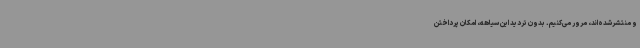
و منتشرشده‌اند، مرور می‌کنیم. بدون تردید این سیاهه، امکان پرداختن